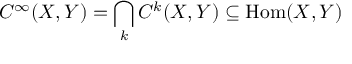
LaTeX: C ^ { \infty } ( X , Y ) = \bigcap _ { k } C ^ { k } ( X , Y ) \subseteq { \mathrm { H o m } } ( X , Y )